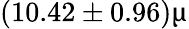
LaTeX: (10.42\pm 0.96)\upmu